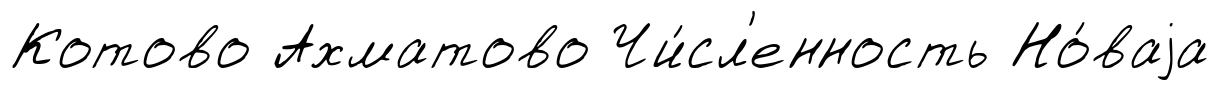
Котово Ахматово Чи́сл'енность Но́ваjа